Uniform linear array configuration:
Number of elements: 32
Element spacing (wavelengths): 0.75
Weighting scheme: hamming
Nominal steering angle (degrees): -60
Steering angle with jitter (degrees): -61.905
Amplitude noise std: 0.05
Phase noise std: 0.05

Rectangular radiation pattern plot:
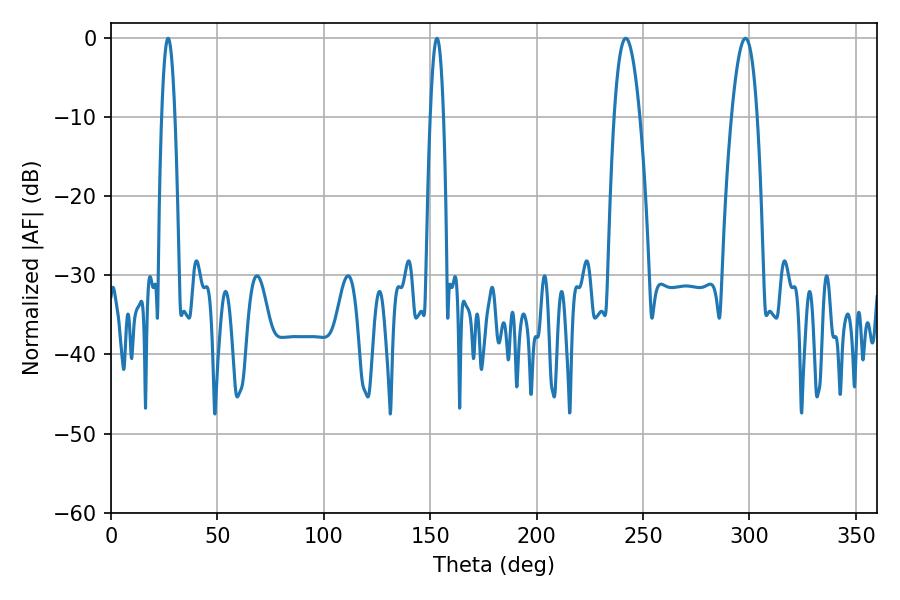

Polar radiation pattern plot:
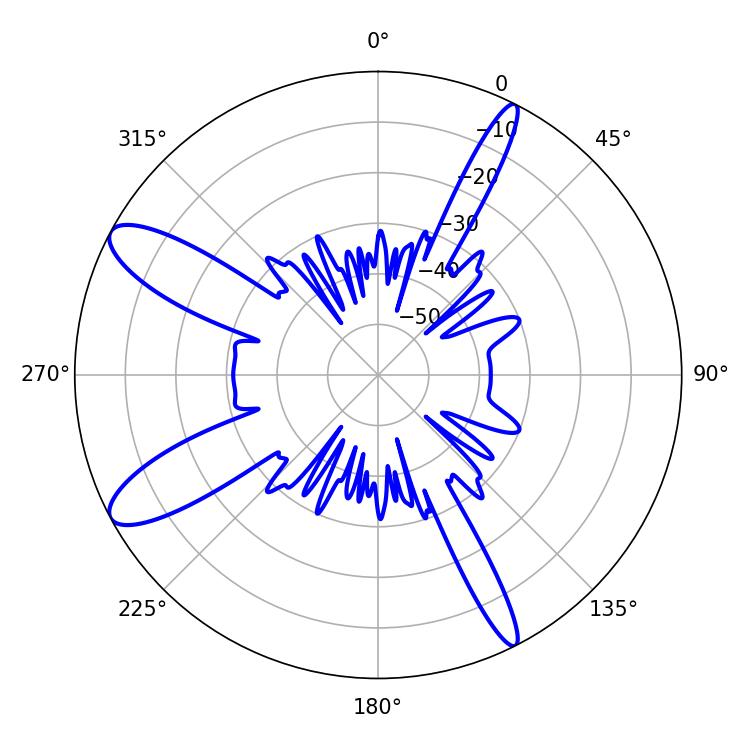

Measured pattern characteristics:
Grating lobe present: TRUE
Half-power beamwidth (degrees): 3.42
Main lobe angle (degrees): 26.82